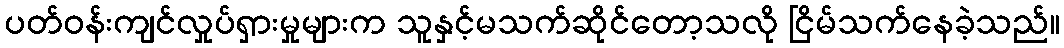
ပတ်ဝန်းကျင်လှုပ်ရှားမှုများက သူနှင့်မသက်ဆိုင်တော့သလို ငြိမ်သက်နေခဲ့သည်။